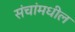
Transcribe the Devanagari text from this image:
संचांमधील